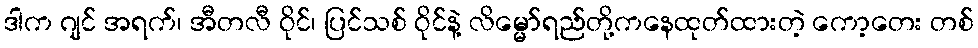
ဒါက ဂျင် အရက်၊ အီတလီ ဝိုင်၊ ပြင်သစ် ဝိုင်နဲ့ လိမ္မော်ရည်တို့ကနေထုတ်ထားတဲ့ ကော့တေး တစ်